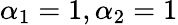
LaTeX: \alpha_{1}=1,\alpha_{2}=1